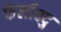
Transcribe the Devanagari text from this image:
फेलीक्ष्दु